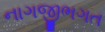
નાગજીભગત